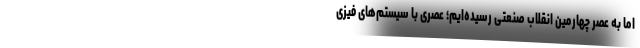
اما به عصر چهارمین انقلاب صنعتی رسیده‌ایم؛ عصری با سیستم‌های فیزی